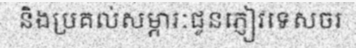
និងប្រគល់សម្ភារៈជូនភ្ញៀវទេសចរ